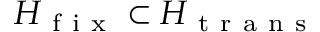
H _ { \mathrm { ~ f ~ i ~ x ~ } } \subset H _ { \mathrm { ~ t ~ r ~ a ~ n ~ s ~ } }